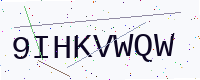
Text: 9IHKVWQW